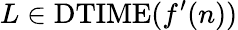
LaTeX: L\in\mathrm{DTIME}(f^{\prime}(n))